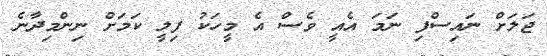
ޖަލަށް ނައިސްފި ނަމަ އެއީ ވެސް އެ މީހަކު ފިލީ ކަމަށް ނިންމިދާނެ